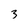
Character: 3